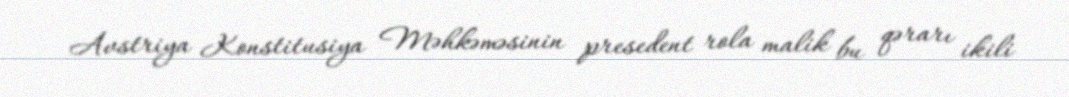
Avstriya Konstitusiya Məhkəməsinin presedent rola malik bu qərarı ikili